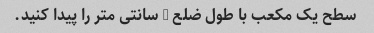
سطح یک مکعب با طول ضلع 8 سانتی متر را پیدا کنید.